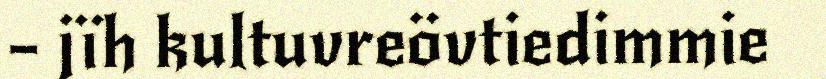
– jïh kultuvreövtiedimmie